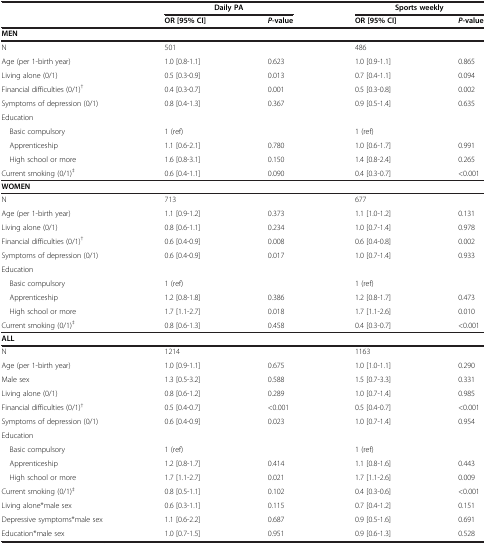
<table><thead><tr><td><b> </b></td><td colspan="2"><b>Daily PA</b></td><td colspan="2"><b>Sports weekly</b></td></tr><tr><td><b> </b></td><td><b>OR [95% CI]</b></td><td><b><i>P</i>-value</b></td><td><b>OR [95% CI]</b></td><td><b><i>P</i>-value</b></td></tr></thead><tbody><tr><td><b>MEN</b></td><td> </td><td> </td><td> </td><td> </td></tr><tr><td>N</td><td>501</td><td> </td><td>486</td><td> </td></tr><tr><td>Age (per 1-birth year)</td><td>1.0 [0.8-1.1]</td><td>0.623</td><td>1.0 [0.9-1.1]</td><td>0.865</td></tr><tr><td>Living alone (0/1)</td><td>0.5 [0.3-0.9]</td><td>0.013</td><td>0.7 [0.4-1.1]</td><td>0.094</td></tr><tr><td>Financial difficulties (0/1)<sup>†</sup></td><td>0.4 [0.3-0.7]</td><td>0.001</td><td>0.5 [0.3-0.8]</td><td>0.002</td></tr><tr><td>Symptoms of depression (0/1)</td><td>0.8 [0.4-1.3]</td><td>0.367</td><td>0.9 [0.5-1.4]</td><td>0.635</td></tr><tr><td>Education</td><td> </td><td> </td><td> </td><td> </td></tr><tr><td> Basic compulsory</td><td>1 (ref)</td><td> </td><td>1 (ref)</td><td> </td></tr><tr><td> Apprenticeship</td><td>1.1 [0.6-2.1]</td><td>0.780</td><td>1.0 [0.6-1.7]</td><td>0.991</td></tr><tr><td> High school or more</td><td>1.6 [0.8-3.1]</td><td>0.150</td><td>1.4 [0.8-2.4]</td><td>0.265</td></tr><tr><td>Current smoking (0/1)<sup>‡</sup></td><td>0.6 [0.4-1.1]</td><td>0.090</td><td>0.4 [0.3-0.7]</td><td>&lt;0.001</td></tr><tr><td><b>WOMEN</b></td><td> </td><td> </td><td> </td><td> </td></tr><tr><td>N</td><td>713</td><td> </td><td>677</td><td> </td></tr><tr><td>Age (per 1-birth year)</td><td>1.1 [0.9-1.2]</td><td>0.373</td><td>1.1 [1.0-1.2]</td><td>0.131</td></tr><tr><td>Living alone (0/1)</td><td>0.8 [0.6-1.1]</td><td>0.234</td><td>1.0 [0.7-1.4]</td><td>0.978</td></tr><tr><td>Financial difficulties (0/1)<sup>†</sup></td><td>0.6 [0.4-0.9]</td><td>0.008</td><td>0.6 [0.4-0.8]</td><td>0.002</td></tr><tr><td>Symptoms of depression (0/1)</td><td>0.6 [0.4-0.9]</td><td>0.017</td><td>1.0 [0.7-1.4]</td><td>0.933</td></tr><tr><td>Education</td><td> </td><td> </td><td> </td><td> </td></tr><tr><td> Basic compulsory</td><td>1 (ref)</td><td> </td><td>1 (ref)</td><td> </td></tr><tr><td> Apprenticeship</td><td>1.2 [0.8-1.8]</td><td>0.386</td><td>1.2 [0.8-1.7]</td><td>0.473</td></tr><tr><td> High school or more</td><td>1.7 [1.1-2.7]</td><td>0.018</td><td>1.7 [1.1-2.6]</td><td>0.010</td></tr><tr><td>Current smoking (0/1)<sup>‡</sup></td><td>0.8 [0.6-1.3]</td><td>0.458</td><td>0.4 [0.3-0.7]</td><td>&lt;0.001</td></tr><tr><td><b>ALL</b></td><td> </td><td> </td><td> </td><td> </td></tr><tr><td>N</td><td>1214</td><td> </td><td>1163</td><td> </td></tr><tr><td>Age (per 1-birth year)</td><td>1.0 [0.9-1.1]</td><td>0.675</td><td>1.0 [1.0-1.1]</td><td>0.290</td></tr><tr><td>Male sex</td><td>1.3 [0.5-3.2]</td><td>0.588</td><td>1.5 [0.7-3.3]</td><td>0.331</td></tr><tr><td>Living alone (0/1)</td><td>0.8 [0.6-1.2]</td><td>0.289</td><td>1.0 [0.7-1.4]</td><td>0.985</td></tr><tr><td>Financial difficulties (0/1)<sup>†</sup></td><td>0.5 [0.4-0.7]</td><td>&lt;0.001</td><td>0.5 [0.4-0.7]</td><td>&lt;0.001</td></tr><tr><td>Symptoms of depression (0/1)</td><td>0.6 [0.4-0.9]</td><td>0.023</td><td>1.0 [0.7-1.4]</td><td>0.954</td></tr><tr><td>Education</td><td> </td><td> </td><td> </td><td> </td></tr><tr><td> Basic compulsory</td><td>1 (ref)</td><td> </td><td>1 (ref)</td><td> </td></tr><tr><td> Apprenticeship</td><td>1.2 [0.8-1.7]</td><td>0.414</td><td>1.1 [0.8-1.6]</td><td>0.443</td></tr><tr><td> High school or more</td><td>1.7 [1.1-2.7]</td><td>0.021</td><td>1.7 [1.1-2.6]</td><td>0.009</td></tr><tr><td>Current smoking (0/1)<sup>‡</sup></td><td>0.8 [0.5-1.1]</td><td>0.102</td><td>0.4 [0.3-0.6]</td><td>&lt;0.001</td></tr><tr><td>Living alone*male sex</td><td>0.6 [0.3-1.1]</td><td>0.115</td><td>0.7 [0.4-1.2]</td><td>0.151</td></tr><tr><td>Depressive symptoms*male sex</td><td>1.1 [0.6-2.2]</td><td>0.687</td><td>0.9 [0.5-1.6]</td><td>0.691</td></tr><tr><td>Education*male sex</td><td>1.0 [0.7-1.5]</td><td>0.951</td><td>0.9 [0.6-1.3]</td><td>0.528</td></tr></tbody></table>